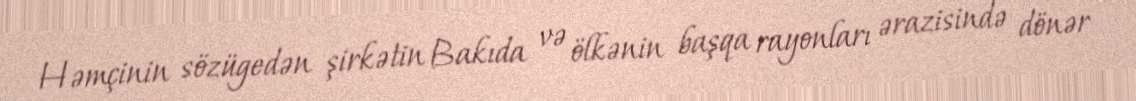
Həmçinin sözügedən şirkətin Bakıda və ölkənin başqa rayonları ərazisində dönər